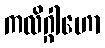
ကလိဂ္ဂါဟော